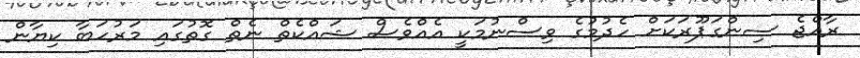
ރާއްޖެ ސިންގަޕޫރަކަށް ހެދުމުގެ ވިސްނުމަކީ އެއްވެސް ޝައްކެތް ނެތް ގޮތުގައި މަރުހަބާ ކިޔާން